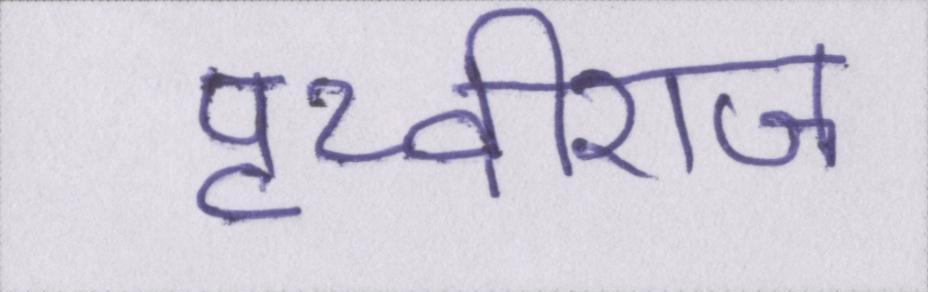
पृथ्वीराज